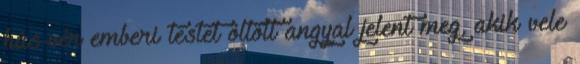
hús-vér emberi testet öltött angyal jelent meg, akik vele